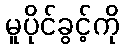
မူပိုင်ခွင့်ကို